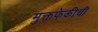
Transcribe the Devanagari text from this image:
मुक्तफेकीची